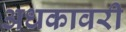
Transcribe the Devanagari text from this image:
अधकावरी